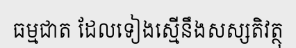
ធម្មជាត ដែលទៀងស្មើនឹងសស្សតិវត្ថុ